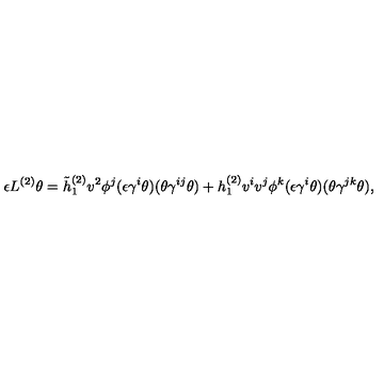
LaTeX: \epsilon L ^ { ( 2 ) } \theta = \tilde { h } _ { 1 } ^ { ( 2 ) } v ^ { 2 } \phi ^ { j } ( \epsilon \gamma ^ { i } \theta ) ( \theta \gamma ^ { i j } \theta ) + h _ { 1 } ^ { ( 2 ) } v ^ { i } v ^ { j } \phi ^ { k } ( \epsilon \gamma ^ { i } \theta ) ( \theta \gamma ^ { j k } \theta ) ,